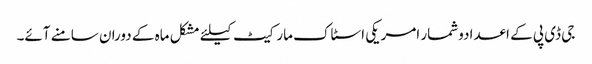
جی ڈی پی کے اعدادوشمار امریکی اسٹاک مارکیٹ کیلئے مشکل ماہ کے دوران سامنے آئے۔